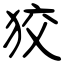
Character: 狡